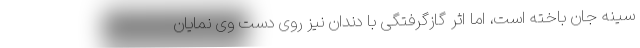
سینه جان باخته است، اما اثر گازگرفتگی با دندان نیز روی دست وی نمایان